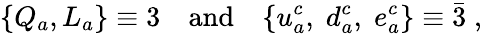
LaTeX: \{ Q_{a},L_{a}\} \equiv 3\quad\mathrm{and}\quad\{ u_{a}^{c},\; d_{a}^{c},\; e_{a}^{c}\} \equiv\bar{3}\; ,